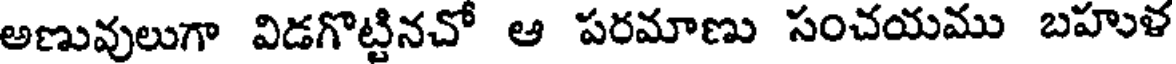
అణువులుగా విడగొట్టినచో ఆ పరమాణు సంచయము బహుళ